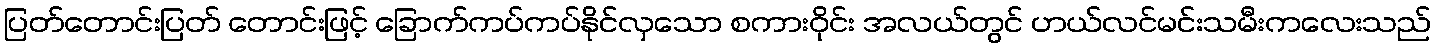
ပြတ်တောင်းပြတ် တောင်းဖြင့် ခြောက်ကပ်ကပ်နိုင်လှသော စကားဝိုင်း အလယ်တွင် ဟယ်လင်မင်းသမီးကလေးသည်